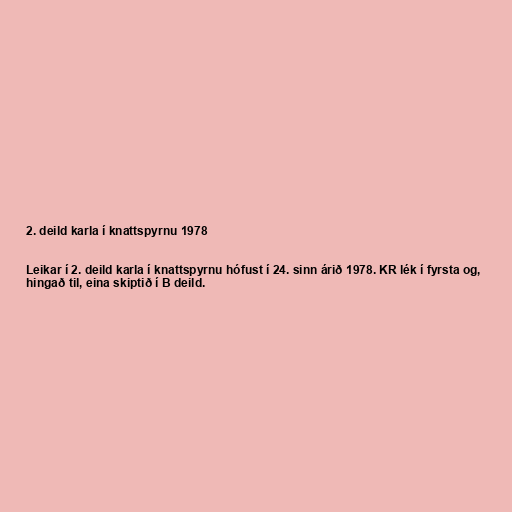
2. deild karla í knattspyrnu 1978

Leikar í 2. deild karla í knattspyrnu hófust í 24. sinn árið 1978. KR lék í fyrsta og,
hingað til, eina skiptið í B deild.